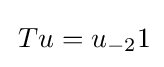
\,Tu=u_{-2}1